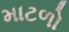
માટળો